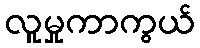
လူမှုကာကွယ်